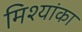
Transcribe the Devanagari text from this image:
मिश्यांका